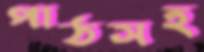
পাঠসহ